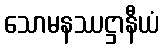
သောမနဿဋ္ဌာနီယံ